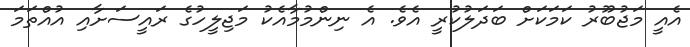
އެއީ މަޖުބޫރު ކަމަކަށް ބަދަލުކުރީ އެވެ. އެ ނިންމުމާއެކު މަޖިލީހުގެ ރައީސަށާއި އުއްތަމަ